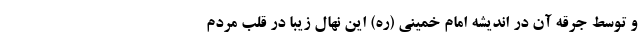
و توسط جرقه آن در اندیشه امام خمینی (ره) این نهال زیبا در قلب مردم